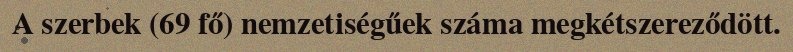
A szerbek (69 fő) nemzetiségűek száma megkétszereződött.